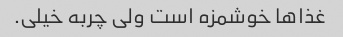
غذاها خوشمزه است ولی چربه خیلی.